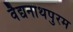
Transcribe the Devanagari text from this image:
वैद्यनाथपुरम